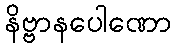
နိဗ္ဗာနပေါဏော